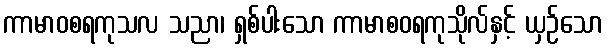
ကာမာဝစရကုသလ သညာ၊ ရှစ်ပါးသော ကာမာစဝရကုသိုလ်နှင့် ယှဉ်သော